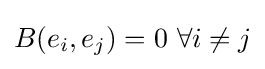
B(e_{i},e_{j})=0\ \forall i\neq j